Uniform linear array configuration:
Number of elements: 24
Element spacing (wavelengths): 1
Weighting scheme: hamming
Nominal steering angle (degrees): -60
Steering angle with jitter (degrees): -60.099
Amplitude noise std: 0.05
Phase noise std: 0.05

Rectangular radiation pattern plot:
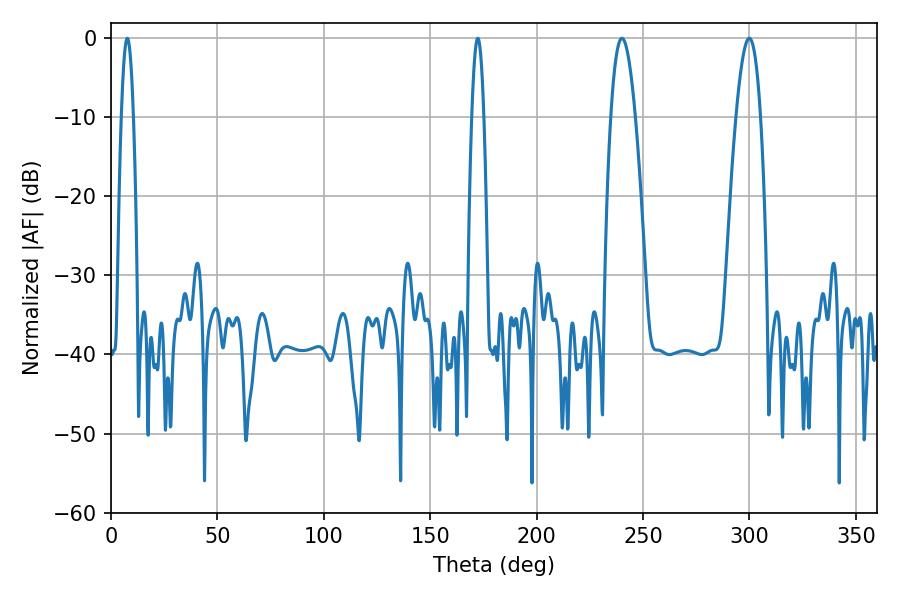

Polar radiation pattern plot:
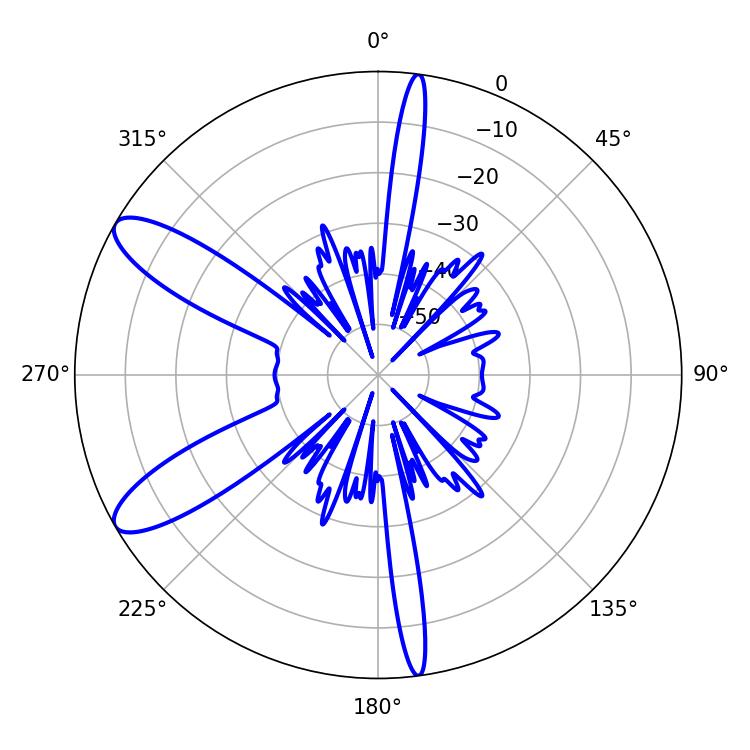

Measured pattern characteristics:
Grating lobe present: TRUE
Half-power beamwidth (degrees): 6.3
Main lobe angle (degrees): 299.88